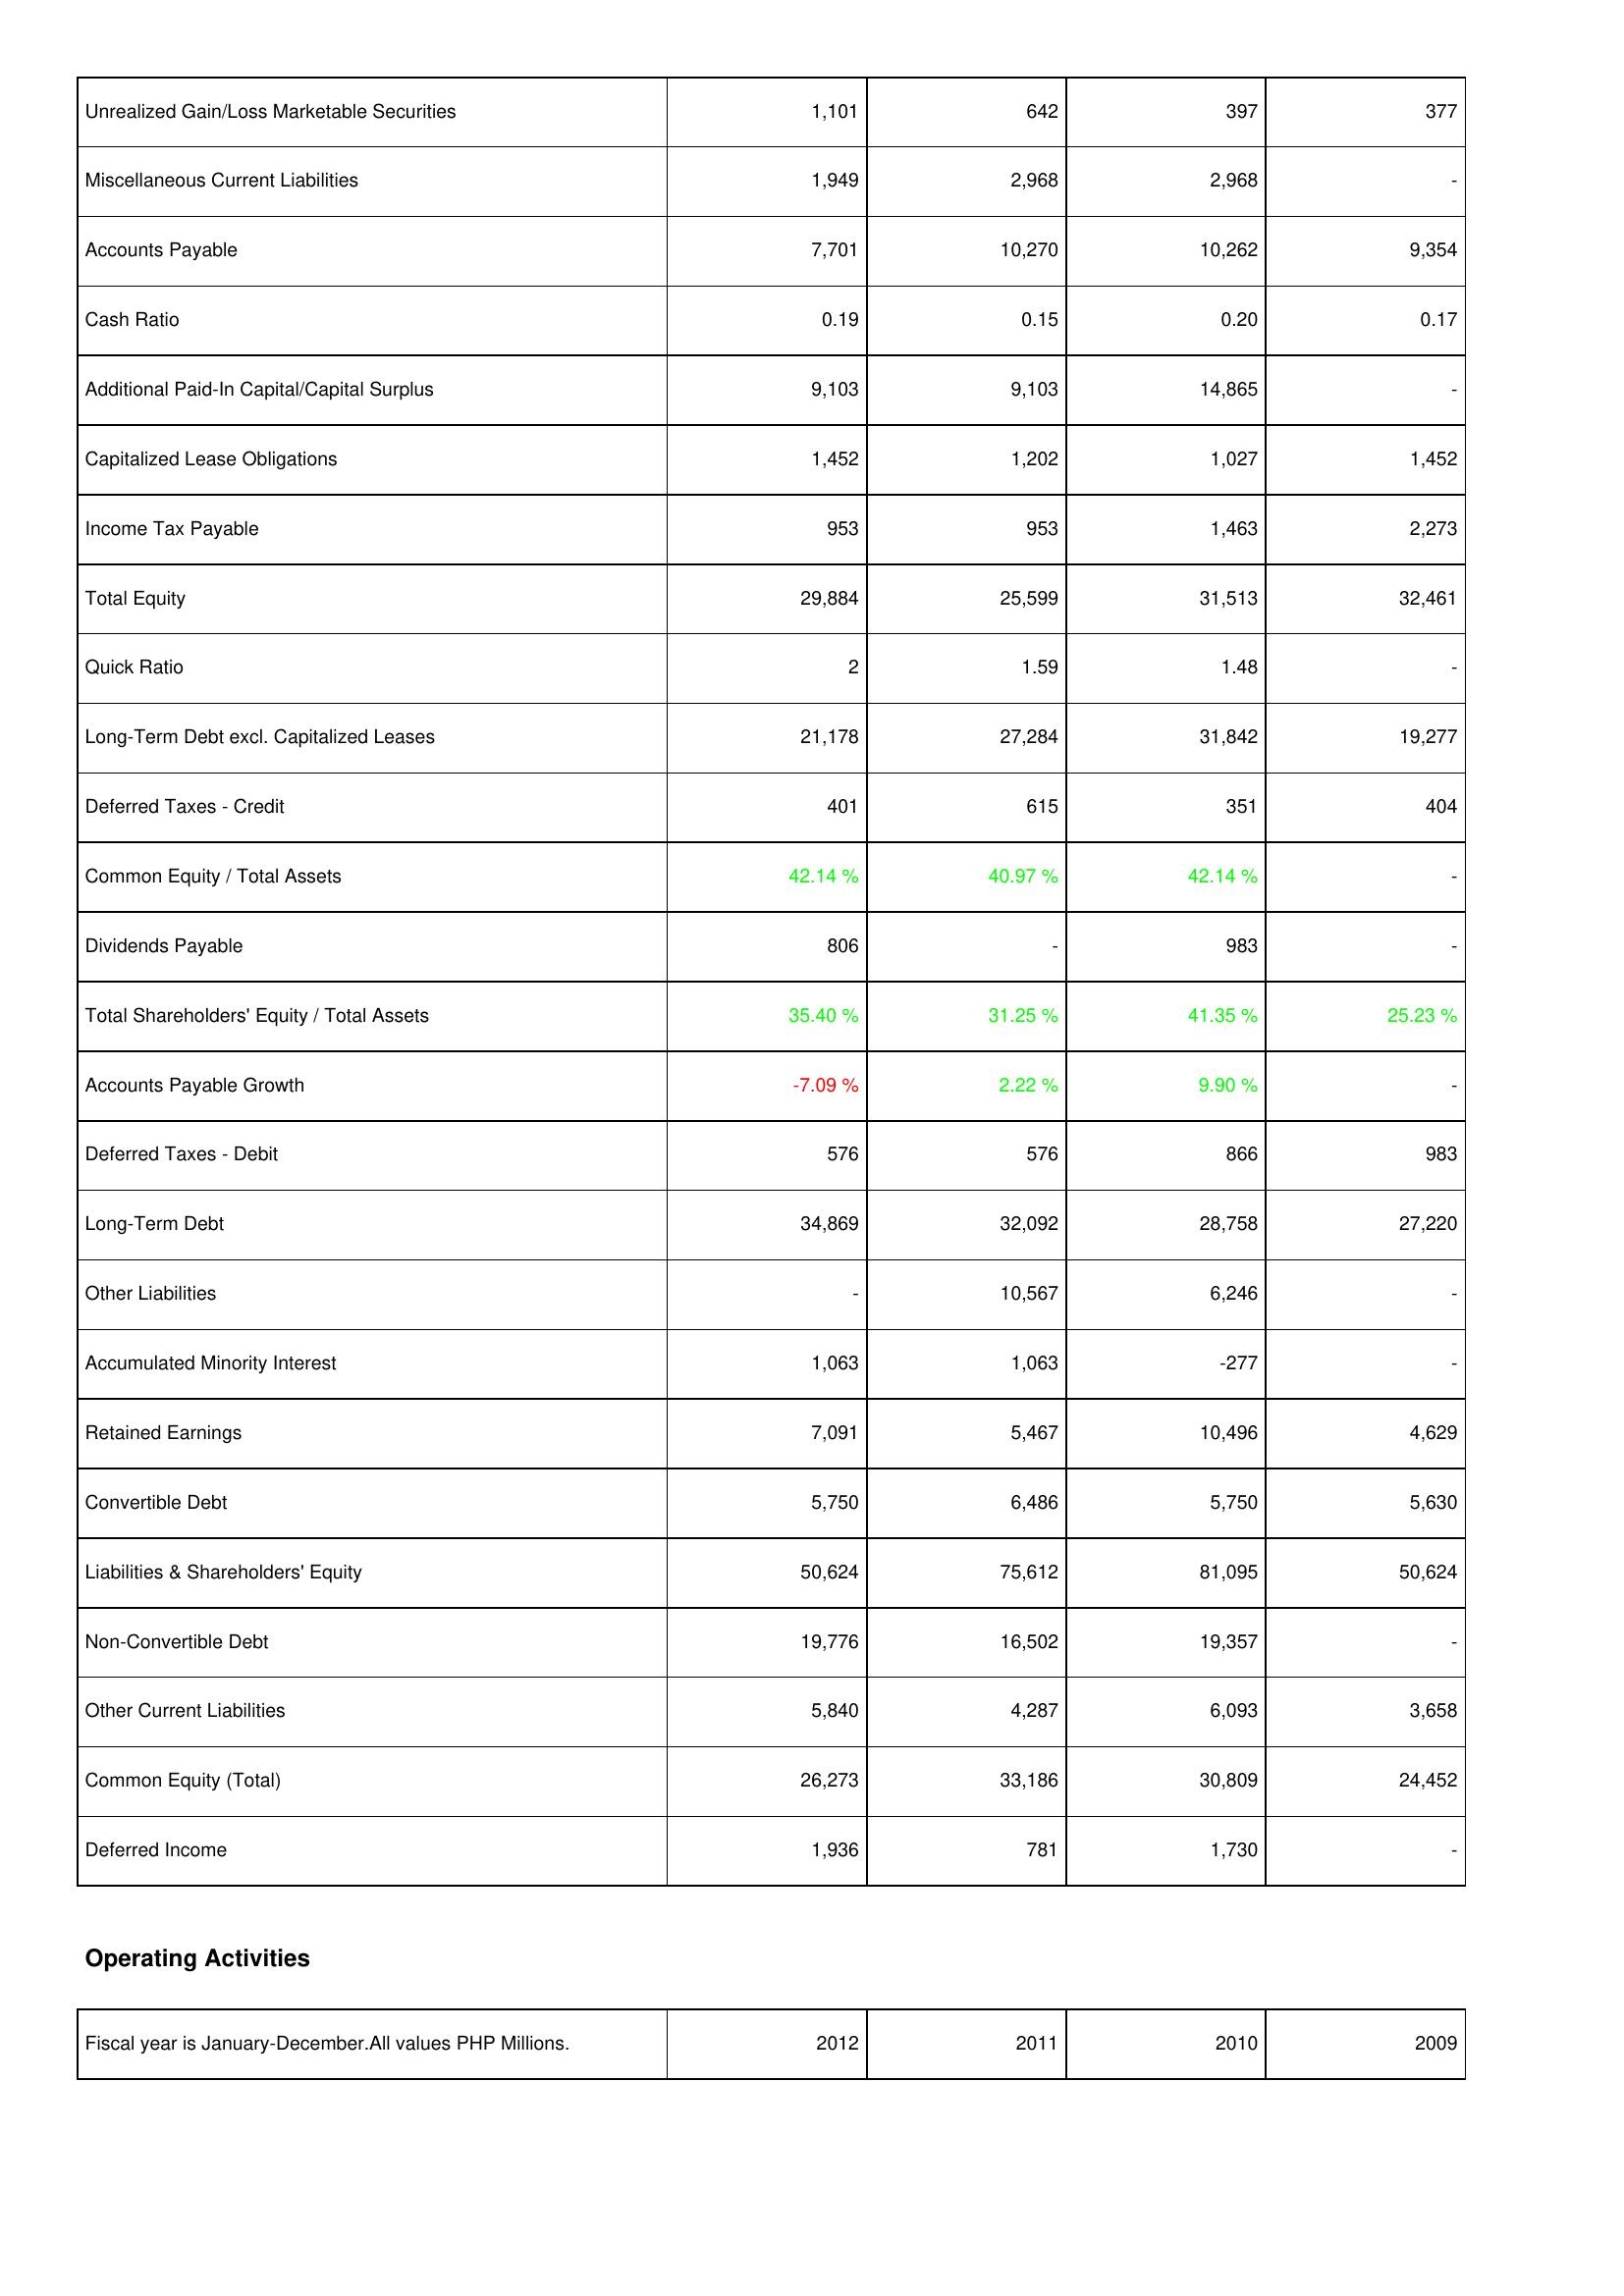
2012: Liabilities & Shareholders' Equity: Unrealized Gain/Loss Marketable Securities: 1,101
Miscellaneous Current Liabilities: 1,949
Accounts Payable: 7,701
Cash Ratio: 0.19
Additional Paid-In Capital/Capital Surplus: 9,103
Capitalized Lease Obligations: 1,452
Income Tax Payable: 953
Total Equity: 29,884
Quick Ratio: 2
Long-Term Debt excl. Capitalized Leases: 21,178
Deferred Taxes - Credit: 401
Common Equity / Total Assets: 42.14 %
Dividends Payable: 806
Total Shareholders' Equity / Total Assets: 35.40 %
Accounts Payable Growth: -7.09 %
Deferred Taxes - Debit: 576
Long-Term Debt: 34,869
Other Liabilities: -
Accumulated Minority Interest: 1,063
Retained Earnings: 7,091
Convertible Debt: 5,750
Liabilities & Shareholders' Equity: 50,624
Non-Convertible Debt: 19,776
Other Current Liabilities: 5,840
Common Equity (Total): 26,273
Deferred Income: 1,936
2011: Liabilities & Shareholders' Equity: Unrealized Gain/Loss Marketable Securities: 642
Miscellaneous Current Liabilities: 2,968
Accounts Payable: 10,270
Cash Ratio: 0.15
Additional Paid-In Capital/Capital Surplus: 9,103
Capitalized Lease Obligations: 1,202
Income Tax Payable: 953
Total Equity: 25,599
Quick Ratio: 1.59
Long-Term Debt excl. Capitalized Leases: 27,284
Deferred Taxes - Credit: 615
Common Equity / Total Assets: 40.97 %
Dividends Payable: -
Total Shareholders' Equity / Total Assets: 31.25 %
Accounts Payable Growth: 2.22 %
Deferred Taxes - Debit: 576
Long-Term Debt: 32,092
Other Liabilities: 10,567
Accumulated Minority Interest: 1,063
Retained Earnings: 5,467
Convertible Debt: 6,486
Liabilities & Shareholders' Equity: 75,612
Non-Convertible Debt: 16,502
Other Current Liabilities: 4,287
Common Equity (Total): 33,186
Deferred Income: 781
2010: Liabilities & Shareholders' Equity: Unrealized Gain/Loss Marketable Securities: 397
Miscellaneous Current Liabilities: 2,968
Accounts Payable: 10,262
Cash Ratio: 0.20
Additional Paid-In Capital/Capital Surplus: 14,865
Capitalized Lease Obligations: 1,027
Income Tax Payable: 1,463
Total Equity: 31,513
Quick Ratio: 1.48
Long-Term Debt excl. Capitalized Leases: 31,842
Deferred Taxes - Credit: 351
Common Equity / Total Assets: 42.14 %
Dividends Payable: 983
Total Shareholders' Equity / Total Assets: 41.35 %
Accounts Payable Growth: 9.90 %
Deferred Taxes - Debit: 866
Long-Term Debt: 28,758
Other Liabilities: 6,246
Accumulated Minority Interest: -277
Retained Earnings: 10,496
Convertible Debt: 5,750
Liabilities & Shareholders' Equity: 81,095
Non-Convertible Debt: 19,357
Other Current Liabilities: 6,093
Common Equity (Total): 30,809
Deferred Income: 1,730
2009: Liabilities & Shareholders' Equity: Unrealized Gain/Loss Marketable Securities: 377
Miscellaneous Current Liabilities: -
Accounts Payable: 9,354
Cash Ratio: 0.17
Additional Paid-In Capital/Capital Surplus: -
Capitalized Lease Obligations: 1,452
Income Tax Payable: 2,273
Total Equity: 32,461
Quick Ratio: -
Long-Term Debt excl. Capitalized Leases: 19,277
Deferred Taxes - Credit: 404
Common Equity / Total Assets: -
Dividends Payable: -
Total Shareholders' Equity / Total Assets: 25.23 %
Accounts Payable Growth: -
Deferred Taxes - Debit: 983
Long-Term Debt: 27,220
Other Liabilities: -
Accumulated Minority Interest: -
Retained Earnings: 4,629
Convertible Debt: 5,630
Liabilities & Shareholders' Equity: 50,624
Non-Convertible Debt: -
Other Current Liabilities: 3,658
Common Equity (Total): 24,452
Deferred Income: -